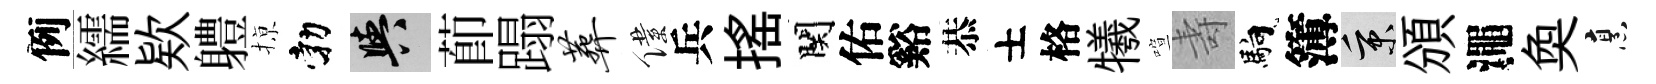
例繻欵軆𢱊勃阳莭蹋葬僕兵揺関佑谿恭士格犧喧壽馿簿秉頒澠奐烹